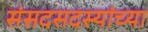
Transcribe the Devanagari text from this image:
संसदसदस्यांच्या